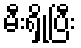
မီးရှို့ပြီး